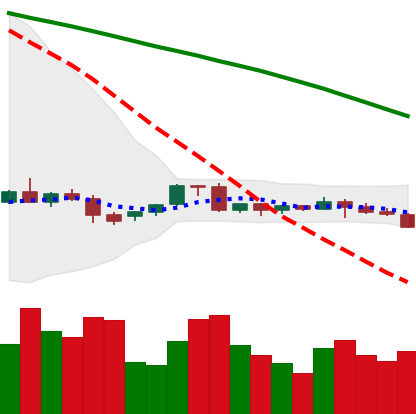
Ticker: EOS-USD
Chart end date: 2022-06-10
Forward return: -14.889%
Label: down_7plus